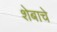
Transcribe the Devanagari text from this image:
शेबाचे